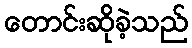
တောင်းဆိုခဲ့သည်